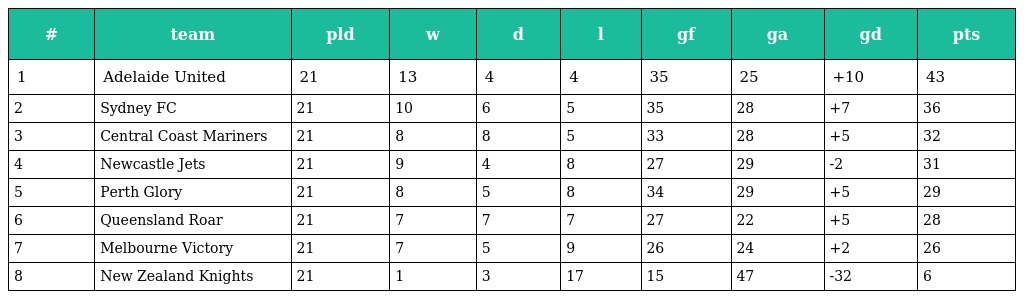
| # | team | pld | w | d | l | gf | ga | gd | pts |
 | --- | --- | --- | --- | --- | --- | --- | --- | --- | --- |
 | 1 | Adelaide United | 21 | 13 | 4 | 4 | 35 | 25 | +10 | 43 |
 | 2 | Sydney FC | 21 | 10 | 6 | 5 | 35 | 28 | +7 | 36 |
 | 3 | Central Coast Mariners | 21 | 8 | 8 | 5 | 33 | 28 | +5 | 32 |
 | 4 | Newcastle Jets | 21 | 9 | 4 | 8 | 27 | 29 | -2 | 31 |
 | 5 | Perth Glory | 21 | 8 | 5 | 8 | 34 | 29 | +5 | 29 |
 | 6 | Queensland Roar | 21 | 7 | 7 | 7 | 27 | 22 | +5 | 28 |
 | 7 | Melbourne Victory | 21 | 7 | 5 | 9 | 26 | 24 | +2 | 26 |
 | 8 | New Zealand Knights | 21 | 1 | 3 | 17 | 15 | 47 | -32 | 6 |